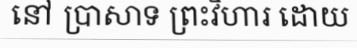
នៅ ប្រាសាទ ព្រះវិហារ ដោយ